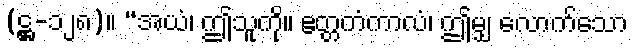
(ဋ္ဌ-၁၂၈)။ “အယံ၊ ဤသူကို။ ဧတ္တကံကာလံ၊ ဤမျှ လောက်သော